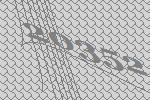
20352